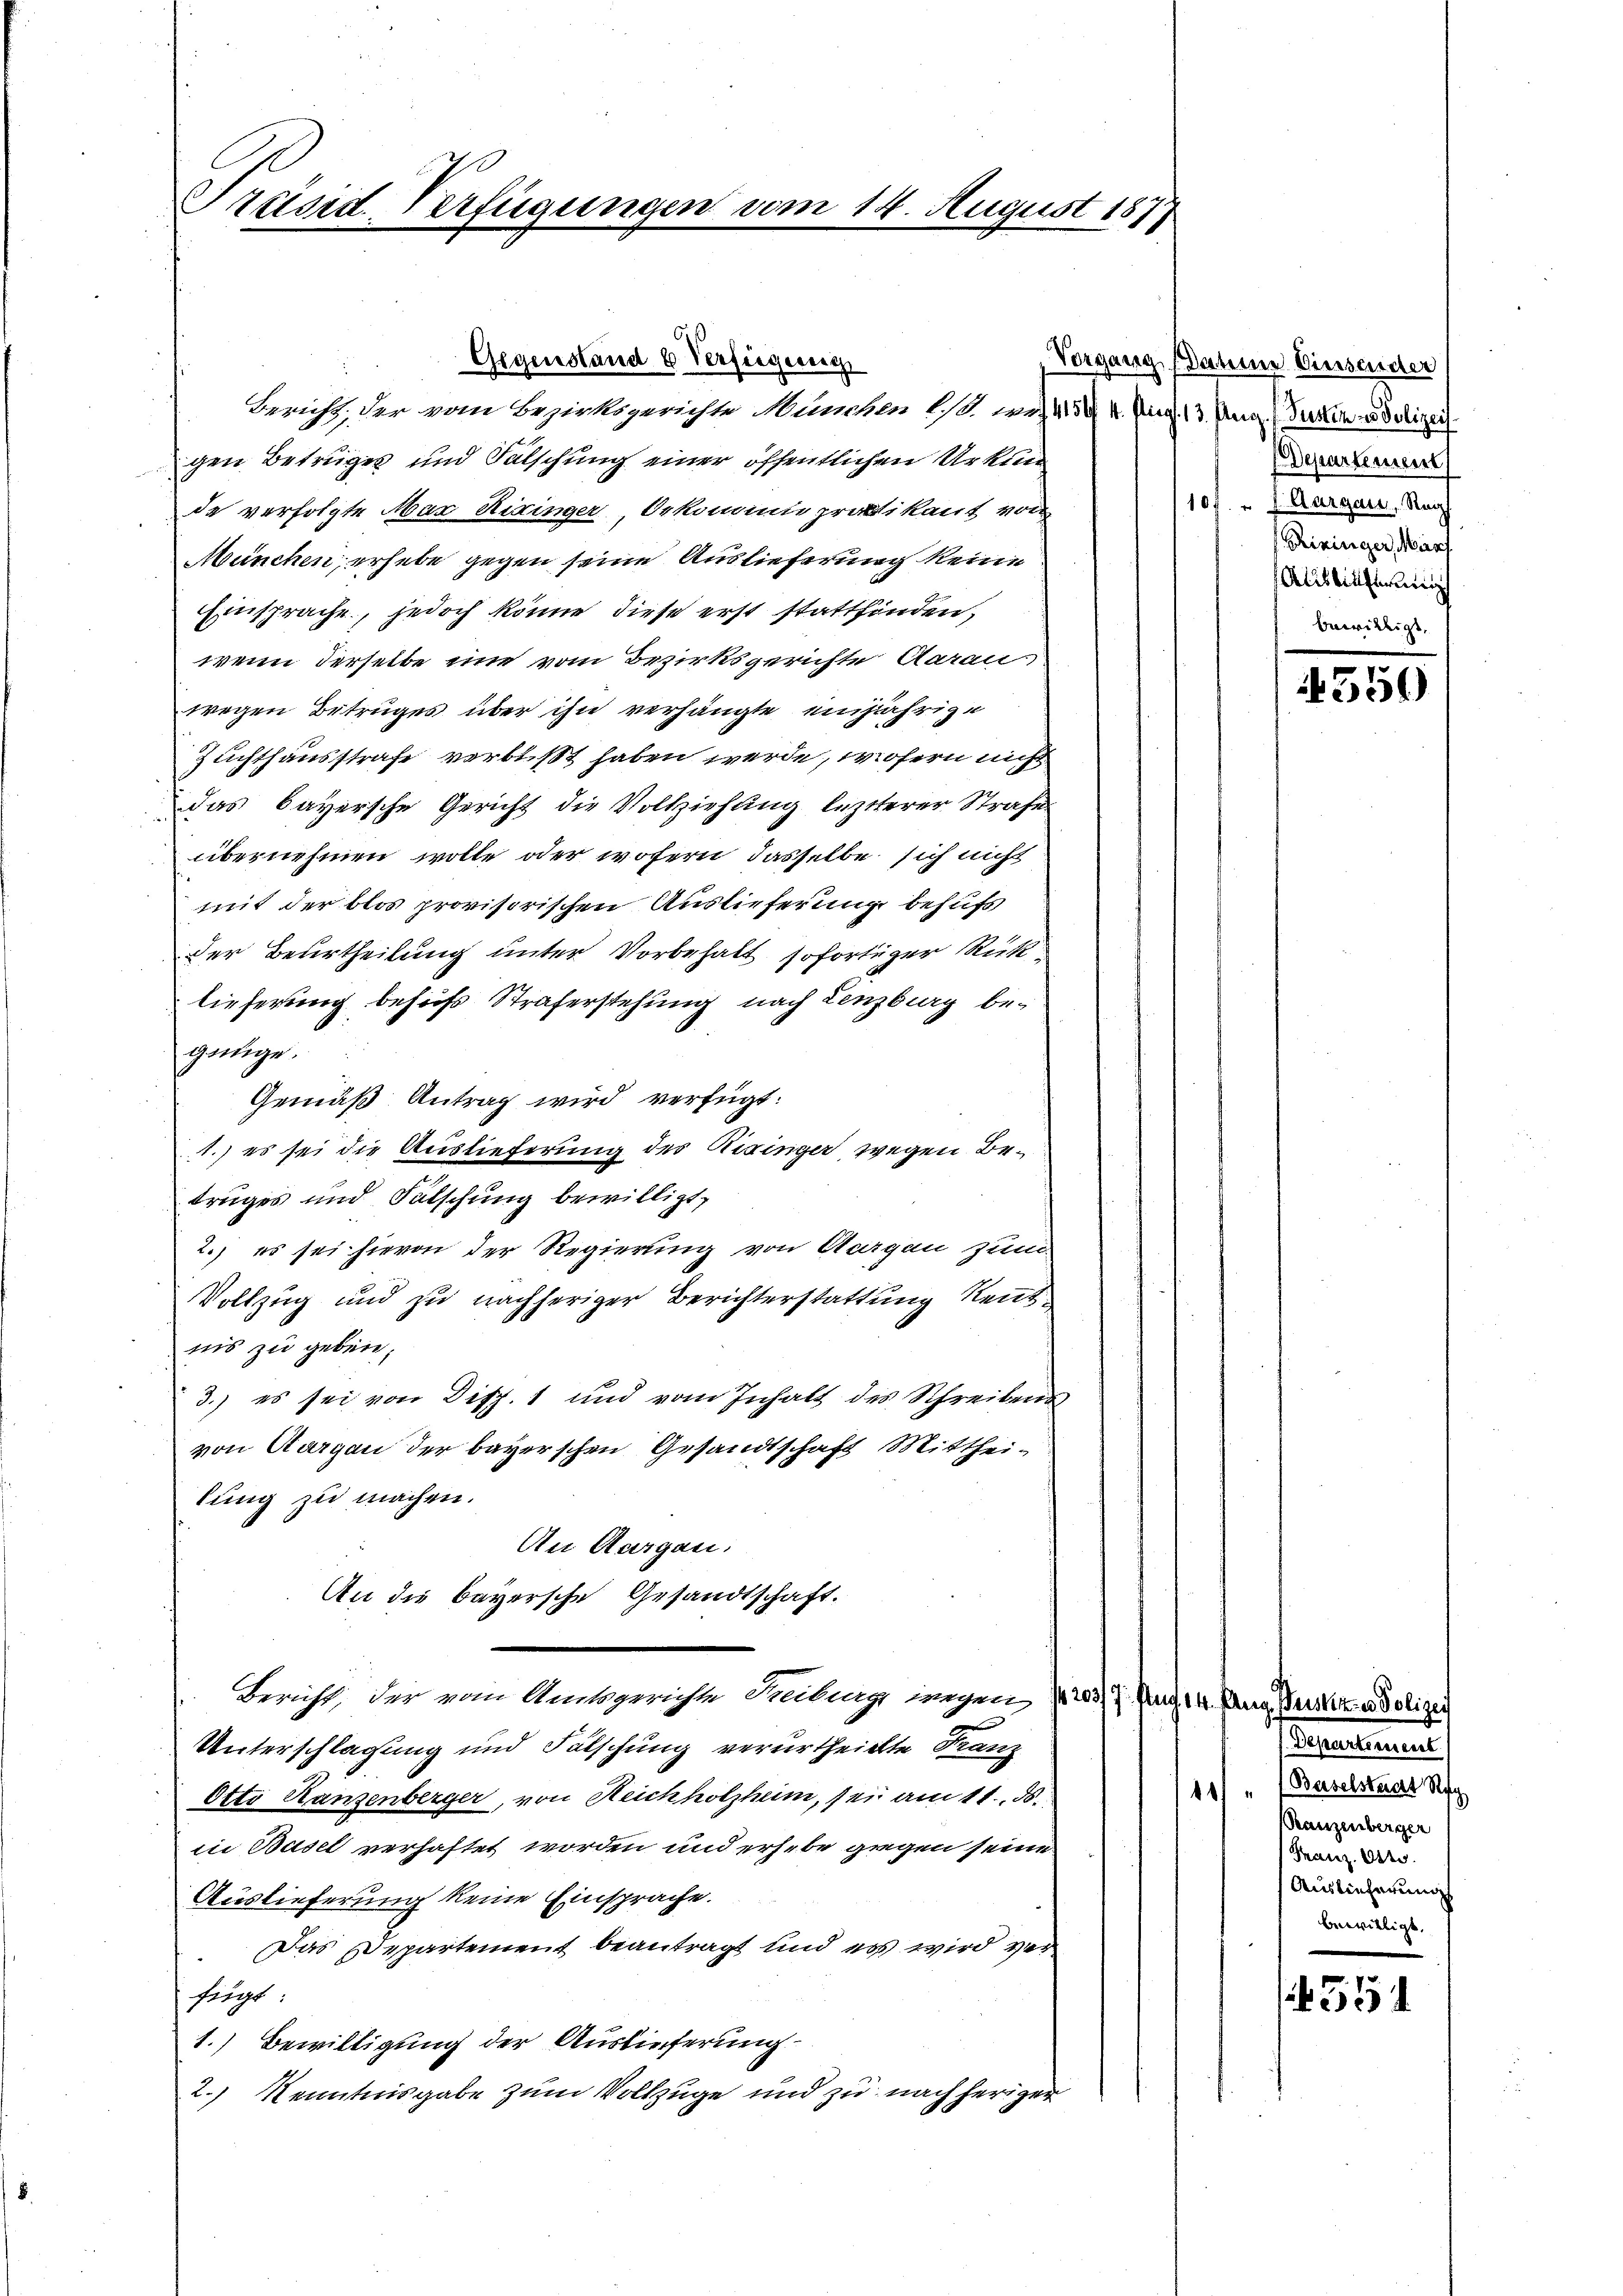
Präsid-Verfügungen vom 14. August 1877

Gegenstand b Verfügung
Bericht; der vom Bezirksgerichte München 10. 1. 43. 4. Aug. 13. Aug. (Turlin u Polizei
gen Betruges und Fälschung einer öffentlichen Urkun
da verfolgte Max Hixinger Oekonum praktikant von
München, erhebe gegen seine Auslieferung keine
Einsprache, jedoch könne diese erst stattfinden,
wenn derselbe eine vom Bezirksgerichte Aarau
wegen Betruges über ihn verhängte einjährige
Zuchthausstrafe verbüßt haben werde, wofern nicht
das Bayersche Gericht die Vollziehung lezterer Strafe
übernehmen wolle oder wofern dasselbe sich nicht
mit der blos provisorischen Auslieferung behufs
Der Beurtheilung unter Vorbehalt sofortiger Rück
lieferung behöchs Straferstehung nach Lenzburg begänge.
Gemäß Antrag wird verfügt:
1.) es sei die Auslieferung des Risinger wegen Betruges und Fälschung bewilligt,
2.) es sei hievon der Regierung von Aargau zum
Vollzug und zu nachheriger Berichterstattung Rentnis zu geben.
3.) es sei von Disp. 1 und vom Inhalt des Schreibens
von Aargau der bayerschen Gesandtschaft Mittheilung zu machen.
An Aargau.
An die Bayersche Gesandtschaft.
 Bericht, der von Amtsgerichte Freibung wegen 1. 203/7. Aug. 14. Aug. Justiz- u Polizei
Unterschlagung und Fälschung verurtheilte Franz
Otto Kanzenberger, von Reichholzheim, sei am 11. ds.
in Basel verhaftet worden und erhebe gegen seine
Auslieferung keine Einsprache.
Das Departement beantragt und es wird verhängt:
1.) Bewilligung der Auslieferung
2.) Kenntnisgabe zum Vollzuge und zu nach heriger

Vorgang (Datum Einsender
Departement
101. " J. Aargaus, Reg
Bieiniger, Marrf
Als einfing
bewilligt.

Departement.
10 " Baselstaat Reg
Ranzenberger
Franz. 6425.
Auslieferung
bewilligt.

550

551